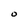
Character: O